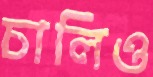
চালিও